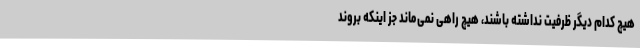
هیچ کدام دیگر ظرفیت نداشته باشند، هیچ راهی نمی‌ماند جز اینکه بروند